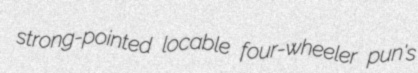
strong-pointed locable four-wheeler pun's